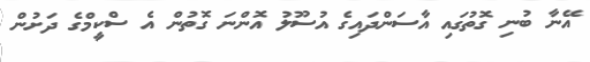
އޭނާ ބުނި ގޮތުގައި އާސަންދައިގެ އުސޫލު އޮންނަ ގޮތުން އެ ސްކީމްގެ ދަށުން